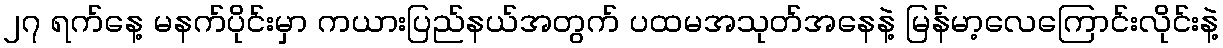
၂၇ ရက်နေ့ မနက်ပိုင်းမှာ ကယားပြည်နယ်အတွက် ပထမအသုတ်အနေနဲ့ မြန်မာ့လေကြောင်းလိုင်းနဲ့